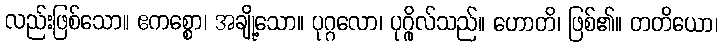
လည်းဖြစ်သော။ ဧကစ္စော၊ အချို့သော။ ပုဂ္ဂလော၊ ပုဂ္ဂိုလ်သည်။ ဟောတိ၊ ဖြစ်၏။ တတိယော၊